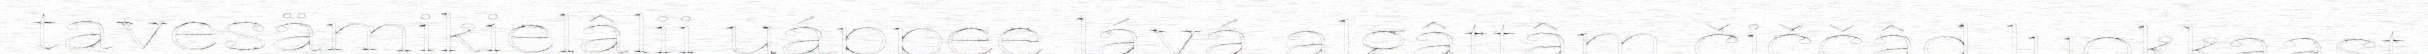
tavesämikielâlii uáppee lává algâttâm čiččâd luokkaast